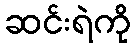
ဆင်းရဲကို